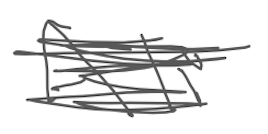
Text: Ali
Cross-out: scratch
Writing tool: digital_gray